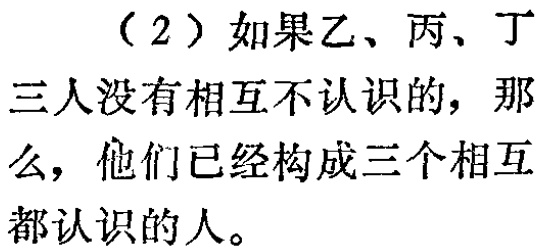
（2）如果乙、丙、丁三人没有相互不认识的，那么，他们已经构成三个相互都认识的人。